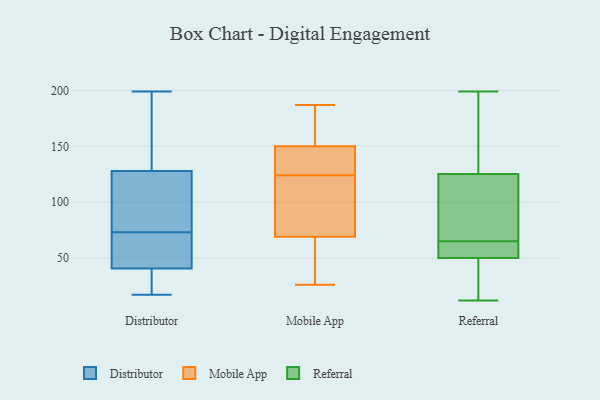
{"axis": {"x": "Operating Costs (USD K)", "y": "Value"}, "legend": ["Distributor", "Mobile App", "Referral"], "data": [{"x": "", "y": 198, "type": "Distributor"}, {"x": "", "y": 33, "type": "Distributor"}, {"x": "", "y": 17, "type": "Distributor"}, {"x": "", "y": 65, "type": "Distributor"}, {"x": "", "y": 123, "type": "Distributor"}, {"x": "", "y": 54, "type": "Distributor"}, {"x": "", "y": 48, "type": "Distributor"}, {"x": "", "y": 19, "type": "Distributor"}, {"x": "", "y": 199, "type": "Distributor"}, {"x": "", "y": 133, "type": "Distributor"}, {"x": "", "y": 81, "type": "Distributor"}, {"x": "", "y": 113, "type": "Distributor"}, {"x": "", "y": 29, "type": "Mobile App"}, {"x": "", "y": 117, "type": "Mobile App"}, {"x": "", "y": 93, "type": "Mobile App"}, {"x": "", "y": 131, "type": "Mobile App"}, {"x": "", "y": 150, "type": "Mobile App"}, {"x": "", "y": 187, "type": "Mobile App"}, {"x": "", "y": 26, "type": "Mobile App"}, {"x": "", "y": 50, "type": "Mobile App"}, {"x": "", "y": 103, "type": "Mobile App"}, {"x": "", "y": 133, "type": "Mobile App"}, {"x": "", "y": 165, "type": "Mobile App"}, {"x": "", "y": 145, "type": "Mobile App"}, {"x": "", "y": 177, "type": "Mobile App"}, {"x": "", "y": 69, "type": "Mobile App"}, {"x": "", "y": 114, "type": "Mobile App"}, {"x": "", "y": 135, "type": "Mobile App"}, {"x": "", "y": 163, "type": "Mobile App"}, {"x": "", "y": 35, "type": "Mobile App"}, {"x": "", "y": 117, "type": "Referral"}, {"x": "", "y": 48, "type": "Referral"}, {"x": "", "y": 84, "type": "Referral"}, {"x": "", "y": 176, "type": "Referral"}, {"x": "", "y": 57, "type": "Referral"}, {"x": "", "y": 106, "type": "Referral"}, {"x": "", "y": 12, "type": "Referral"}, {"x": "", "y": 12, "type": "Referral"}, {"x": "", "y": 83, "type": "Referral"}, {"x": "", "y": 63, "type": "Referral"}, {"x": "", "y": 60, "type": "Referral"}, {"x": "", "y": 36, "type": "Referral"}, {"x": "", "y": 199, "type": "Referral"}, {"x": "", "y": 56, "type": "Referral"}, {"x": "", "y": 65, "type": "Referral"}, {"x": "", "y": 36, "type": "Referral"}, {"x": "", "y": 177, "type": "Referral"}, {"x": "", "y": 141, "type": "Referral"}, {"x": "", "y": 128, "type": "Referral"}]}